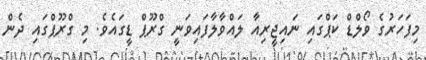
މިފަހަރުގެ ވޯލްޑް ކަޕްގައި ނައިޖީރިއާ ލައްވާލާފައިވަނީ ގްރޫޕް ޑީގައެވެ. މި ގްރޫޕްގައި ދެން